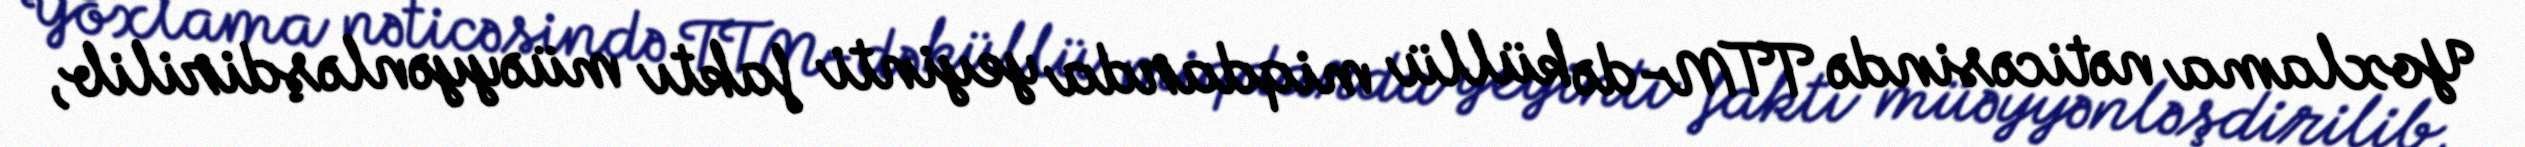
Yoxlama nəticəsində TTM-də küllü miqdarda yeyinti faktı müəyyənləşdirilib,